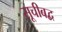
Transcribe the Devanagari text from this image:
सूचीबद्ब